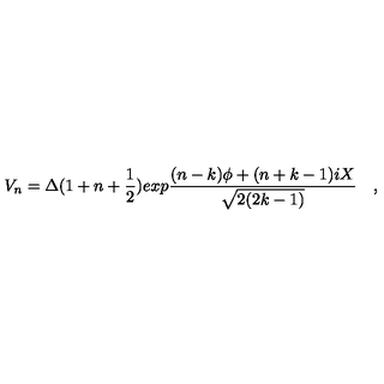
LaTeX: V _ { n } = \Delta ( 1 + n + { \frac { 1 } { 2 } } ) e x p { \frac { ( n - k ) \phi + ( n + k - 1 ) i X } { \sqrt { 2 ( 2 k - 1 ) } } } \quad ,